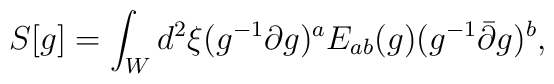
S[g]=\int_{W}d^{2}\xi(g^{-1}\partial g)^{a}E_{ab}(g)(g^{-1}\bar{\partial}g)^{b},